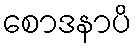
စောဒနာပိ